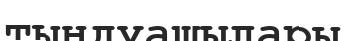
тыңдуашылары